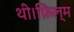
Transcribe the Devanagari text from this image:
थी।फ़िल्म